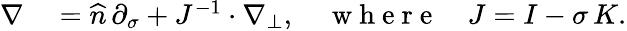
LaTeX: \begin{array}{rl}{\nabla}&{{}=\widehat{n}\, \partial_{\sigma}+J^{-1}\cdot\nabla_{\bot},\quad\mathrm{~w~h~e~r~e~}\quad J=I-\sigma\, K.}\end{array}